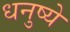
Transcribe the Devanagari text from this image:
धनुष्ये